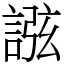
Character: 誸